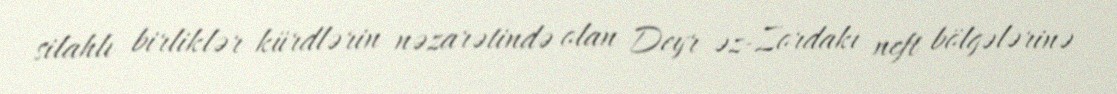
silahlı birliklər kürdlərin nəzarətində olan Deyr əz-Zordakı neft bölgələrinə